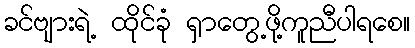
ခင်ဗျားရဲ့ ထိုင်ခုံ ရှာတွေ့ဖို့ကူညီပါရစေ။